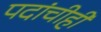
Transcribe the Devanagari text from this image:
पदांचीही